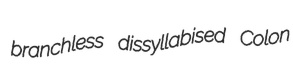
branchless dissyllabised Colon